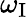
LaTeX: \omega_{\textup{I}}